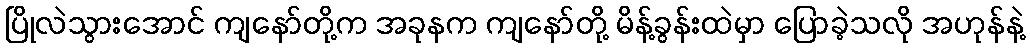
ပြိုလဲသွားအောင် ကျနော်တို့က အခုနက ကျနော်တို့ မိန့်ခွန်းထဲမှာ ပြောခဲ့သလို အဟုန်နဲ့